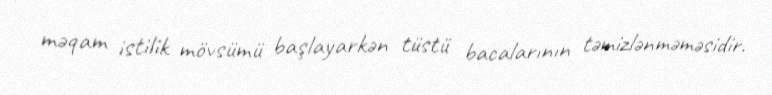
məqam istilik mövsümü başlayarkən tüstü bacalarının təmizlənməməsidir.